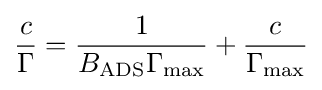
{c \over \Gamma }={{1 \over {B_{\text{ADS}}\Gamma _{\text{max}}}}+{c \over \Gamma _{\text{max}}}}